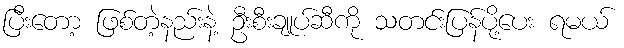
ပြီးတော့ ဖြစ်တဲ့နည်းနဲ့ ဦးစီးချုပ်ဆီကို သတင်းပြန်ပို့ပေး ရမယ်